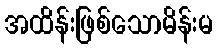
အထိန်းဖြစ်သောမိန်းမ